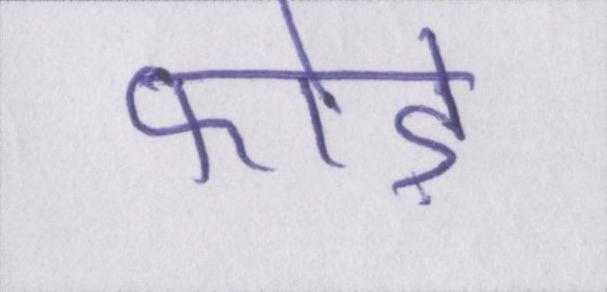
फोड़े